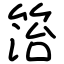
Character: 箈